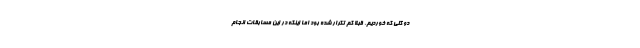
دو گلی که خوردیم، قبلا کم تکرار شده بود اما اینکه در این مسابقات انجام